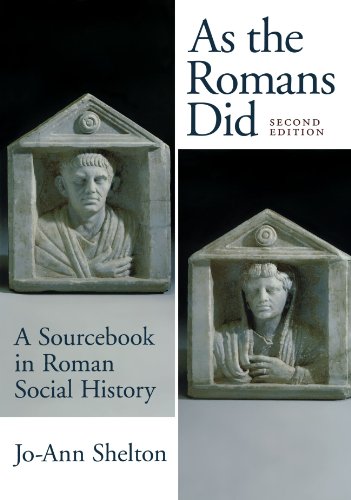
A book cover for As the Romans Did: A Sourcebook in Roman Social History, 2nd Edition; History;